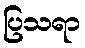
ပြသရာ